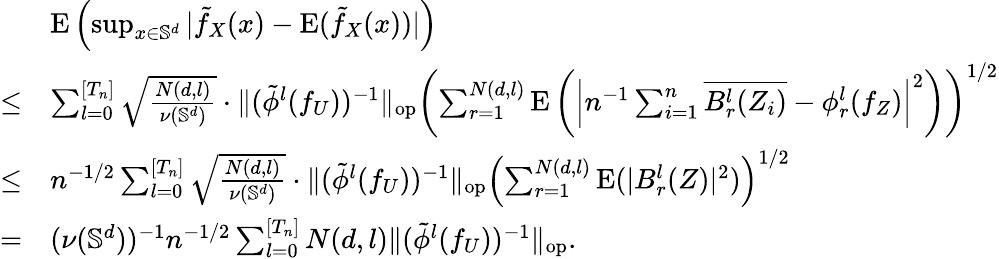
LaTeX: \begin{array}{rl}&{\mathrm{E}\left(\operatorname*{sup}_{x\in\mathbb{S}^{d}}|\tilde{f}_{X}(x)-\mathrm{E}(\tilde{f}_{X}(x))|\right)}\\ {\leq}&{\sum_{l=0}^{[T_{n}]}\sqrt{\frac{N(d,l)}{\nu(\mathbb{S}^{d})}}\cdot\| (\tilde{\phi}^{l}(f_{U}))^{-1}\| _{\mathrm{op}}\left(\sum_{r=1}^{N(d,l)}\mathrm{E}\left(\left|n^{-1}\sum_{i=1}^{n}\overline{{B_{r}^{l}(Z_{i})}}-\phi_{r}^{l}(f_{Z})\right|^{2}\right)\right)^{1/2}}\\ {\leq}&{n^{-1/2}\sum_{l=0}^{[T_{n}]}\sqrt{\frac{N(d,l)}{\nu(\mathbb{S}^{d})}}\cdot\| (\tilde{\phi}^{l}(f_{U}))^{-1}\| _{\mathrm{op}}\left(\sum_{r=1}^{N(d,l)}\mathrm{E}(|B_{r}^{l}(Z)|^{2})\right)^{1/2}}\\ {=}&{(\nu(\mathbb{S}^{d}))^{-1}n^{-1/2}\sum_{l=0}^{[T_{n}]}N(d,l)\| (\tilde{\phi}^{l}(f_{U}))^{-1}\| _{\mathrm{op}}.}\end{array}